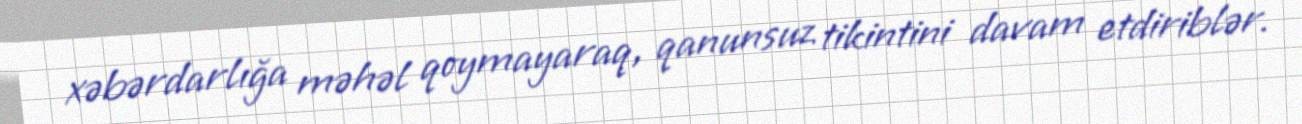
xəbərdarlığa məhəl qoymayaraq, qanunsuz tikintini davam etdiriblər.